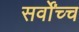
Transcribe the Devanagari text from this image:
सर्वोंच्च